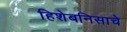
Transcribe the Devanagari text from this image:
हिशेबनिसाचे